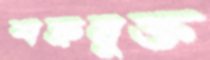
শত্রুমুক্ত